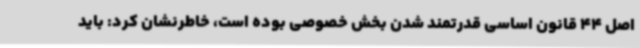
اصل 44 قانون اساسی قدرتمند شدن بخش خصوصی بوده است، خاطرنشان کرد: باید